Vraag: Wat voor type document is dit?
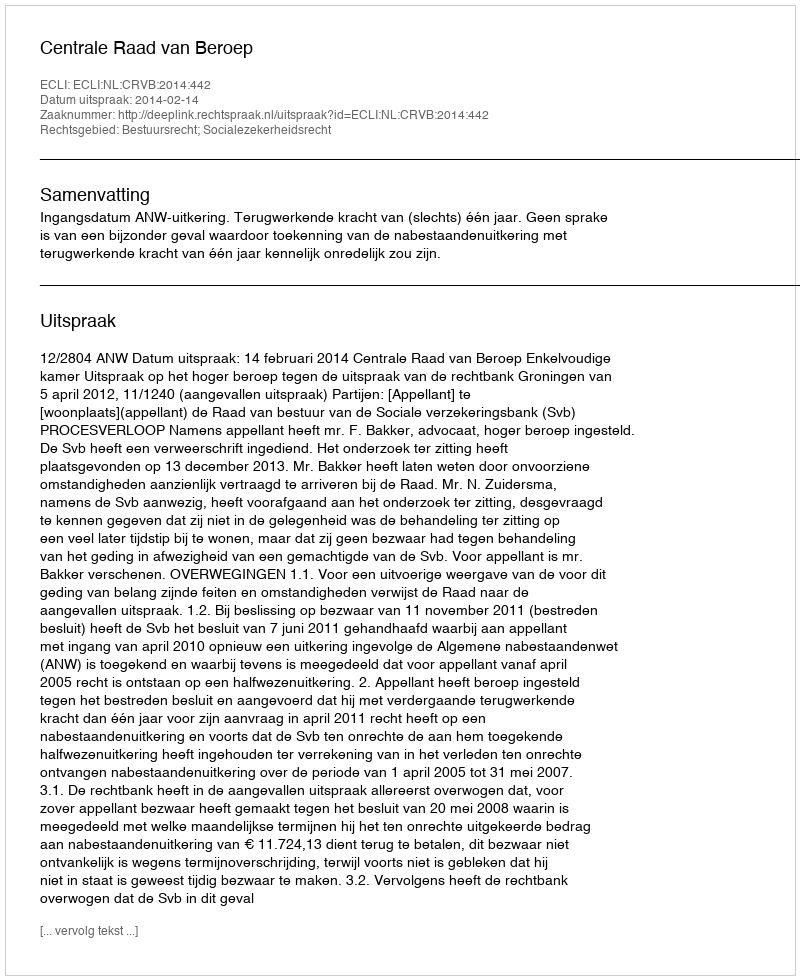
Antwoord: Uitspraak